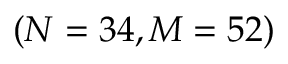
( N = 3 4 , M = 5 2 )